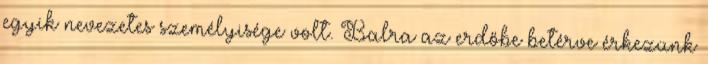
egyik nevezetes személyisége volt. Balra az erdőbe betérve érkezünk